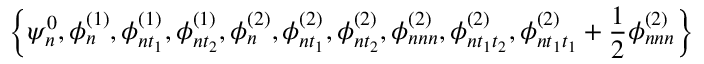
\left\{ \psi _ { n } ^ { 0 } , \phi _ { n } ^ { ( 1 ) } , \phi _ { n t _ { 1 } } ^ { ( 1 ) } , \phi _ { n t _ { 2 } } ^ { ( 1 ) } , \phi _ { n } ^ { ( 2 ) } , \phi _ { n t _ { 1 } } ^ { ( 2 ) } , \phi _ { n t _ { 2 } } ^ { ( 2 ) } , \phi _ { n n n } ^ { ( 2 ) } , \phi _ { n t _ { 1 } t _ { 2 } } ^ { ( 2 ) } , \phi _ { n t _ { 1 } t _ { 1 } } ^ { ( 2 ) } + \frac { 1 } { 2 } \phi _ { n n n } ^ { ( 2 ) } \right\}